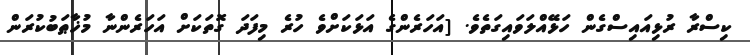
ކިސްރާ ރުޅިއައިސްގެން ހަޅޭއްލަވައިގަތެވެ. [އަހަރެންގެ އަޅަކަށްވެ ހުރެ މިފަދަ ގޮތަކަށް އަހަރެންނާ މުޚާޠަބުކުރަން